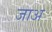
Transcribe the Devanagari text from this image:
जाअ